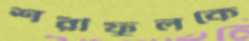
শরীফুলকে